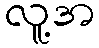
လူ့အ